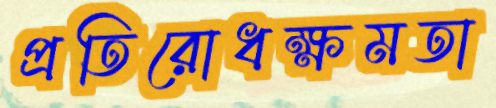
প্রতিরোধক্ষমতা